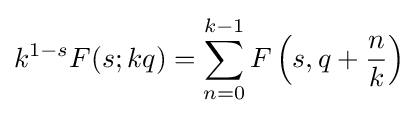
k^{1-s}F(s;kq)=\sum _{n=0}^{k-1}F\left(s,q+{\frac {n}{k}}\right)